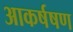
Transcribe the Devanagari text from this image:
आकर्षषण